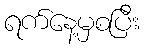
ရက်နေ့မှစပြီး